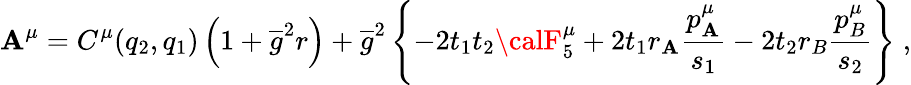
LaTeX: {\cal\mathbf{A}}^{\mu}=C^{\mu}(q_{2},q_{1})\left(1+\overline{{{g}}}^{2}r\right)+\overline{{{g}}}^{2}\left\{ -2t_{1}t_{2}{\calF}_{5}^{\mu}+2t_{1}r_{\mathbf{A}}\frac{{p_{\mathbf{A}}^{\mu}}}{{s_{1}}}-2t_{2}r_{B}\frac{{p_{B}^{\mu}}}{{s_{2}}}\right\} \; ,